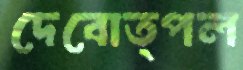
দেবোত্পল